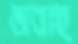
ভাবাচ্ছ